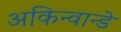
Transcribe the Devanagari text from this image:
अकिन्वान्डे